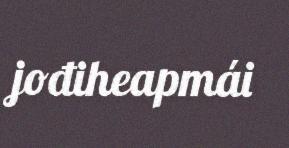
jođiheapmái